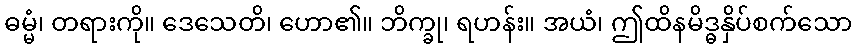
ဓမ္မံ၊ တရားကို။ ဒေသေတိ၊ ဟော၏။ ဘိက္ခု၊ ရဟန်း။ အယံ၊ ဤထိနမိဒ္ဓနှိပ်စက်သော